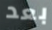
بعد